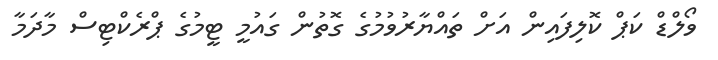
ވޯލްޑް ކަޕް ކޮލިފައިން އަށް ތައްޔާރުވުމުގެ ގޮތުން ގައުމީ ޓީމުގެ ޕްރެކްޓިސް މާދަމާ